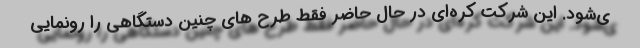
ی‌شود. این شرکت کره‌ای در حال حاضر فقط طرح های چنین دستگاهی را رونمایی